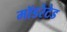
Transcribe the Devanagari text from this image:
मॉडरेटेड